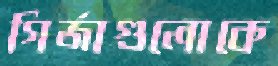
গির্জাগুলোকে